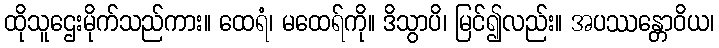
ထိုသူဌေးမိုက်သည်ကား။ ထေရံ၊ မထေရ်ကို။ ဒိသွာပိ၊ မြင်၍လည်း။ အပဿန္တောဝိယ၊